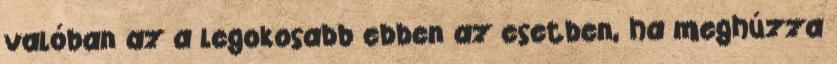
valóban az a legokosabb ebben az esetben, ha meghúzza